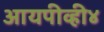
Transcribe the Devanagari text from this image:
आयपीव्ही४